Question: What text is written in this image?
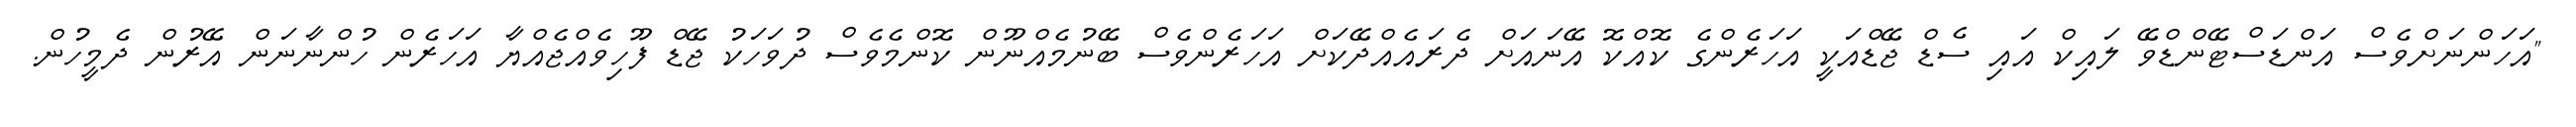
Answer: "އަހަންނަށްވެސް އަންޑަސްޓޭންޑްވޭ ލައިކް އައި ސެޑް ޖޭޑްއަކީ އަހަރެންގެ ކޮއްކޮ އޭނައަށް ދެރައެއްދޭކަށް އަހަރެންވެސް ބޭނުމެއްނޫން ކޮންމެވެސް ދުވަހަކު ޖޭޑް ފޫހިވެއްޖެއްޔާ އަހަރެން ހުންނާނަން އޭރުން ދެމީހުން.